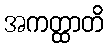
အကတ္ထာတိ